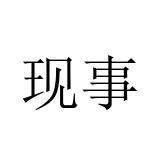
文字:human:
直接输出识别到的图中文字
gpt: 现事